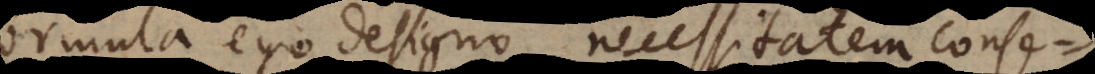
formula ego designo necessitatem consequentis,